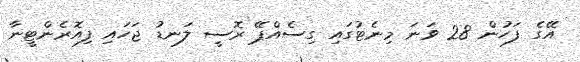
އޭގެ ފަހުން 28 ވަނަ މިނެޓުގައި ގިސެއްޕޭ ރޮސީ ލަނޑު ޖަހައި ފިއޮރެންޓީނާ